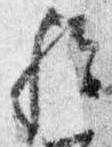
歟